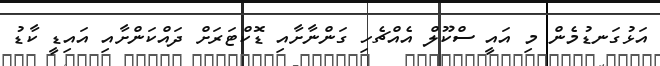
އަޅުގަނޑުމެން މި އައީ ސްކޫލް އެއްޗެހި ގަންނާށާއި ޑޮކްޓަރަށް ދައްކަންށާއި އައިޑީ ކާޑު